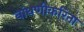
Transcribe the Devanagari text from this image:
बांधणीकरिता